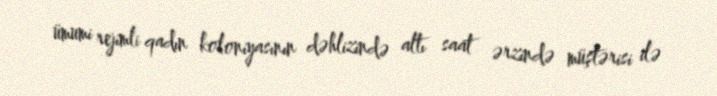
ümumi rejimli qadın koloniyasının dəhlizində altı saat ərzində müştərisi ilə